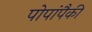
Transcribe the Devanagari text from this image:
पोपांपैकी